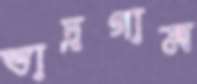
ভাদ্রগাম